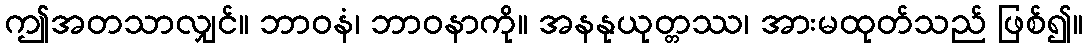
ဤအတသာလျှင်။ ဘာဝနံ၊ ဘာဝနာကို။ အနနုယုတ္တဿ၊ အားမထုတ်သည် ဖြစ်၍။